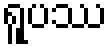
ရူပဿ